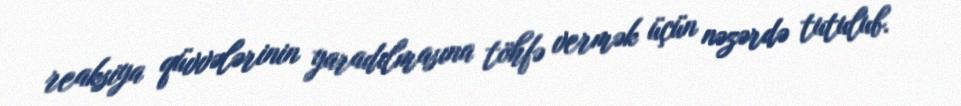
reaksiya qüvvələrinin yaradılmasına töhfə vermək üçün nəzərdə tutulub.